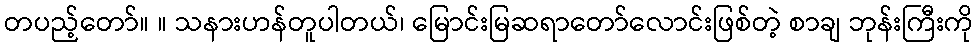
တပည့်တော်။ ။ သနားဟန်တူပါတယ်၊ မြောင်းမြဆရာတော်လောင်းဖြစ်တဲ့ စာချ ဘုန်းကြီးကို